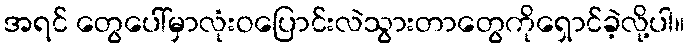
အရင် တွေပေါ်မှာလုံးဝပြောင်းလဲသွားတာတွေကိုရှောင်ခဲ့လို့ပါ။